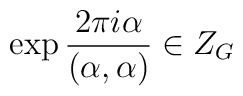
\exp\frac{2\pi i\alpha}{(\alpha,\alpha)}\in Z_G\